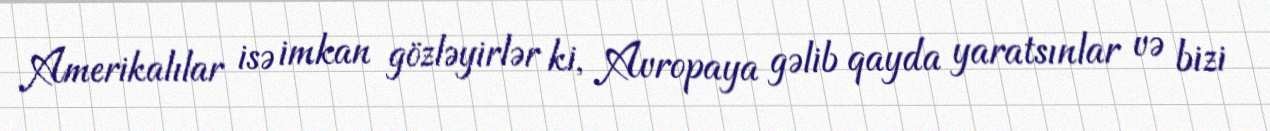
Amerikalılar isə imkan gözləyirlər ki, Avropaya gəlib qayda yaratsınlar və bizi